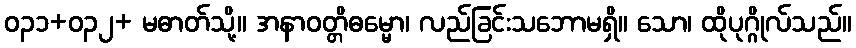
ဝ၃၁+၀၃၂+ မဓာတ်သို့။ အနာဝတ္တိဓမ္မော၊ လည်ခြင်းသဘောမရှိ။ သော၊ ထိုပုဂ္ဂိုလ်သည်။